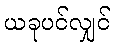
ယခုပင်လျှင်